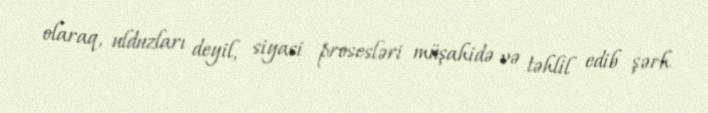
olaraq, ulduzları deyil, siyasi prosesləri müşahidə və təhlil edib şərh